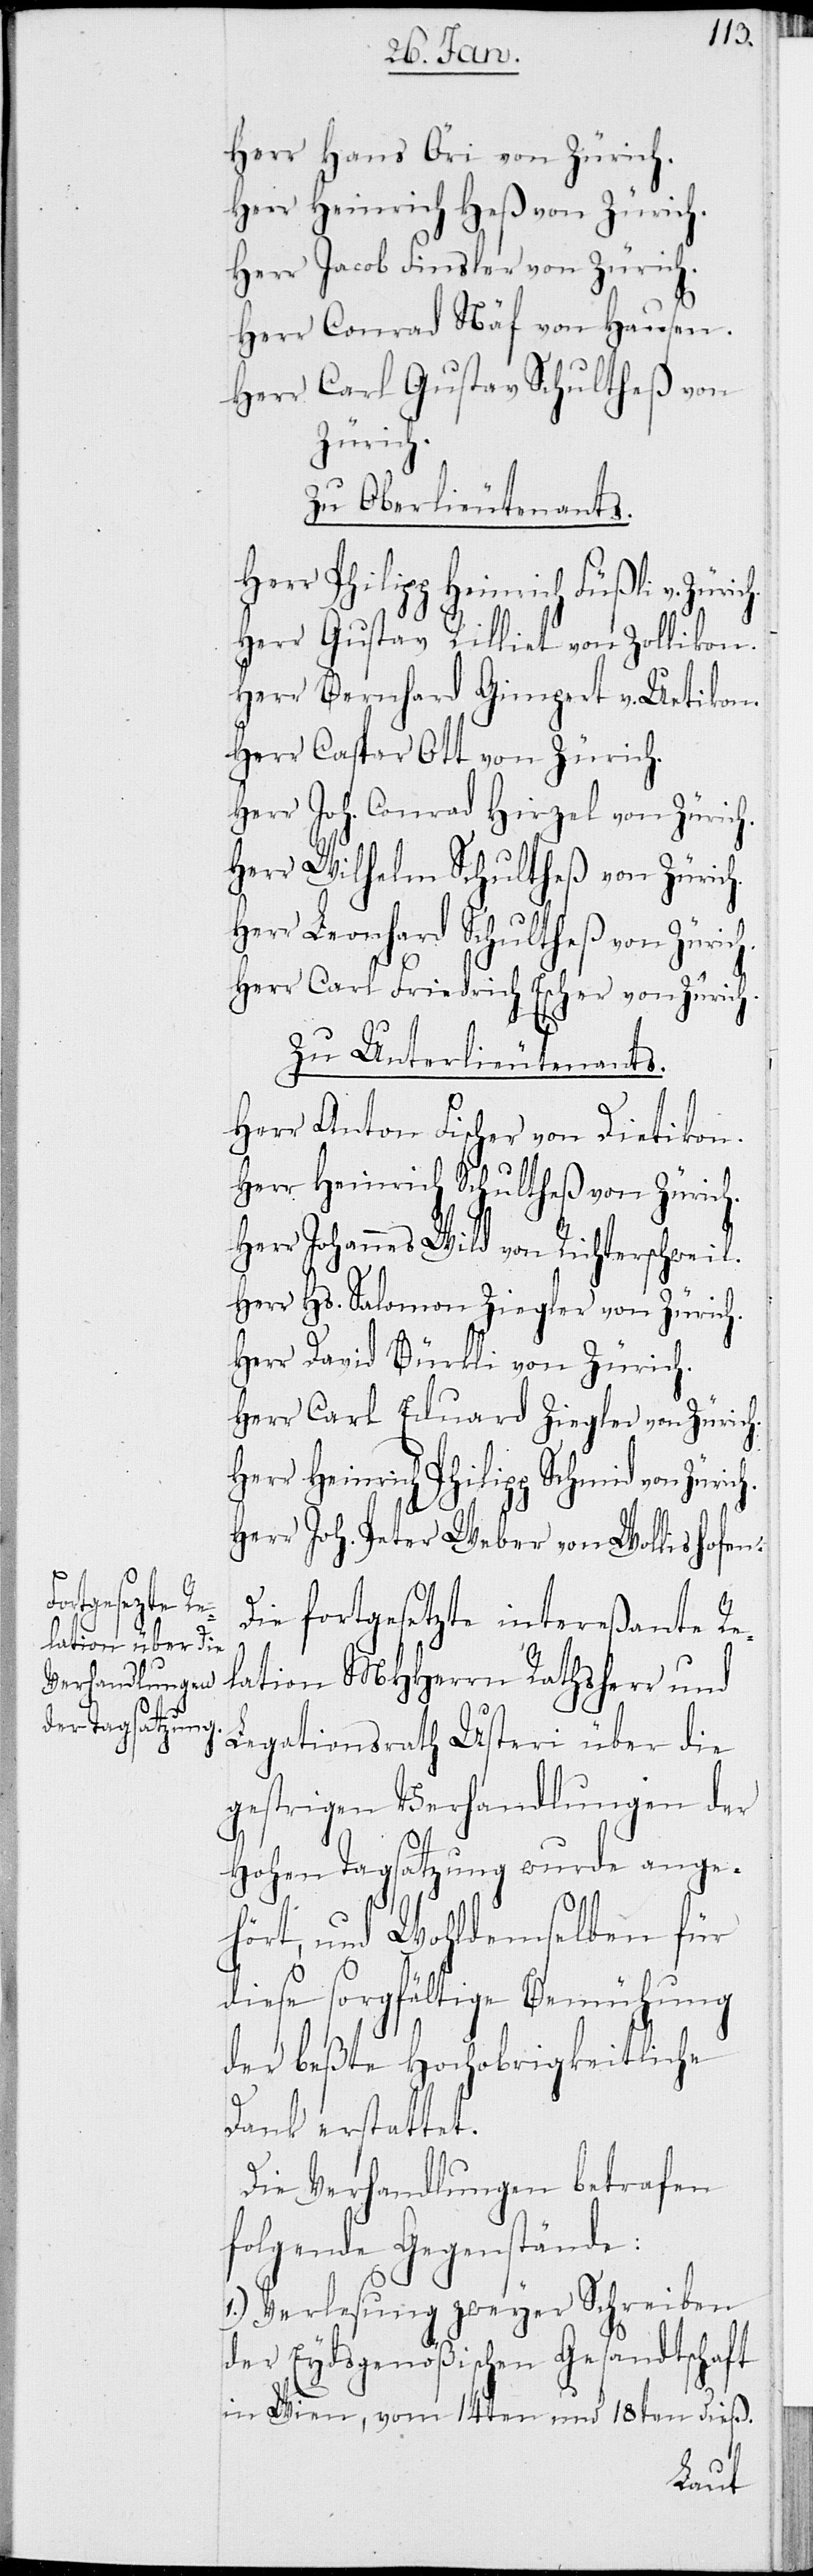
Herr Hans Öri von Zürich.
Herr Heinrich Heß von Zürich.
Herr Jacob Finsler von Zürich.
Herr Conrad Näf von Hausen.
Herr Carl Gustav Schultheß von
Zürich.
Zu Oberlieutenants.
Herr Philipp Heinrich Füßli v.
Herr Gustav Rilliet von Zollikon.
Herr Bernhard Gimpert v. Uetikon.
Herr Caspar Ott von Zürich.
Herr Joh. Conrad Hirzel von Zürich.
Herr Wilhelm Schultheß von Zürich.
Herr Leonhard Schultheß von Zürich.
Herr Carl Friedrich Escher von Zürich.
Zu Unterlieutenants.
Herr Anton Fischer von Dietikon.
Herr Heinrich Schultheß von Zürich.
Herr Johannes Wild von Richterschweil.
Herr Hs. Salomon Ziegler von Zürich.
Herr David Bürkli von Zürich.
Herr Carl Eduard Ziegler von Zürich.
Herr Heinrich Philipp Schmid von
Herr Joh. Peter Weber von Wollishofen.
Die fortgesezte intereßante Re¬
lation MHHerrn Rathsherr und
Legationsrath Usteri über die
gestrigen Verhandlungen der
Hohen Tagsatzung wurde ange¬
hört, und Wohldemselben für
diese sorgfältige Bemühung
der beßte Hochobrigkeitliche
Dank erstattet.
Die Verhandlungen betrafen
folgende Gegenstände:
1.) Verlesung zweyer Schreiben
der Eydsgenößischen Gesandtschaft
in Wien, vom 14ten und 18ten dieß.